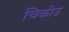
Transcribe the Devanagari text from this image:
चिकोउ